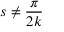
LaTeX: s \neq { \frac { \pi } { 2 k } }